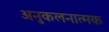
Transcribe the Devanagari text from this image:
अनुकलनात्मक